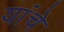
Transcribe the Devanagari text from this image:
यांंचे